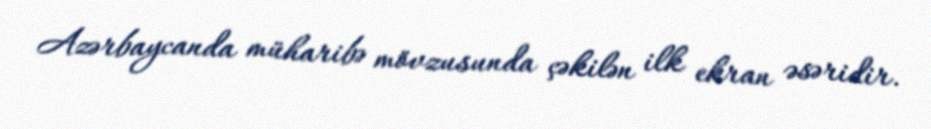
Azərbaycanda müharibə mövzusunda çəkilən ilk ekran əsəridir.